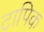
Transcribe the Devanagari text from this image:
टापिक